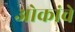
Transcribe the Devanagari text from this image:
ओकांचे